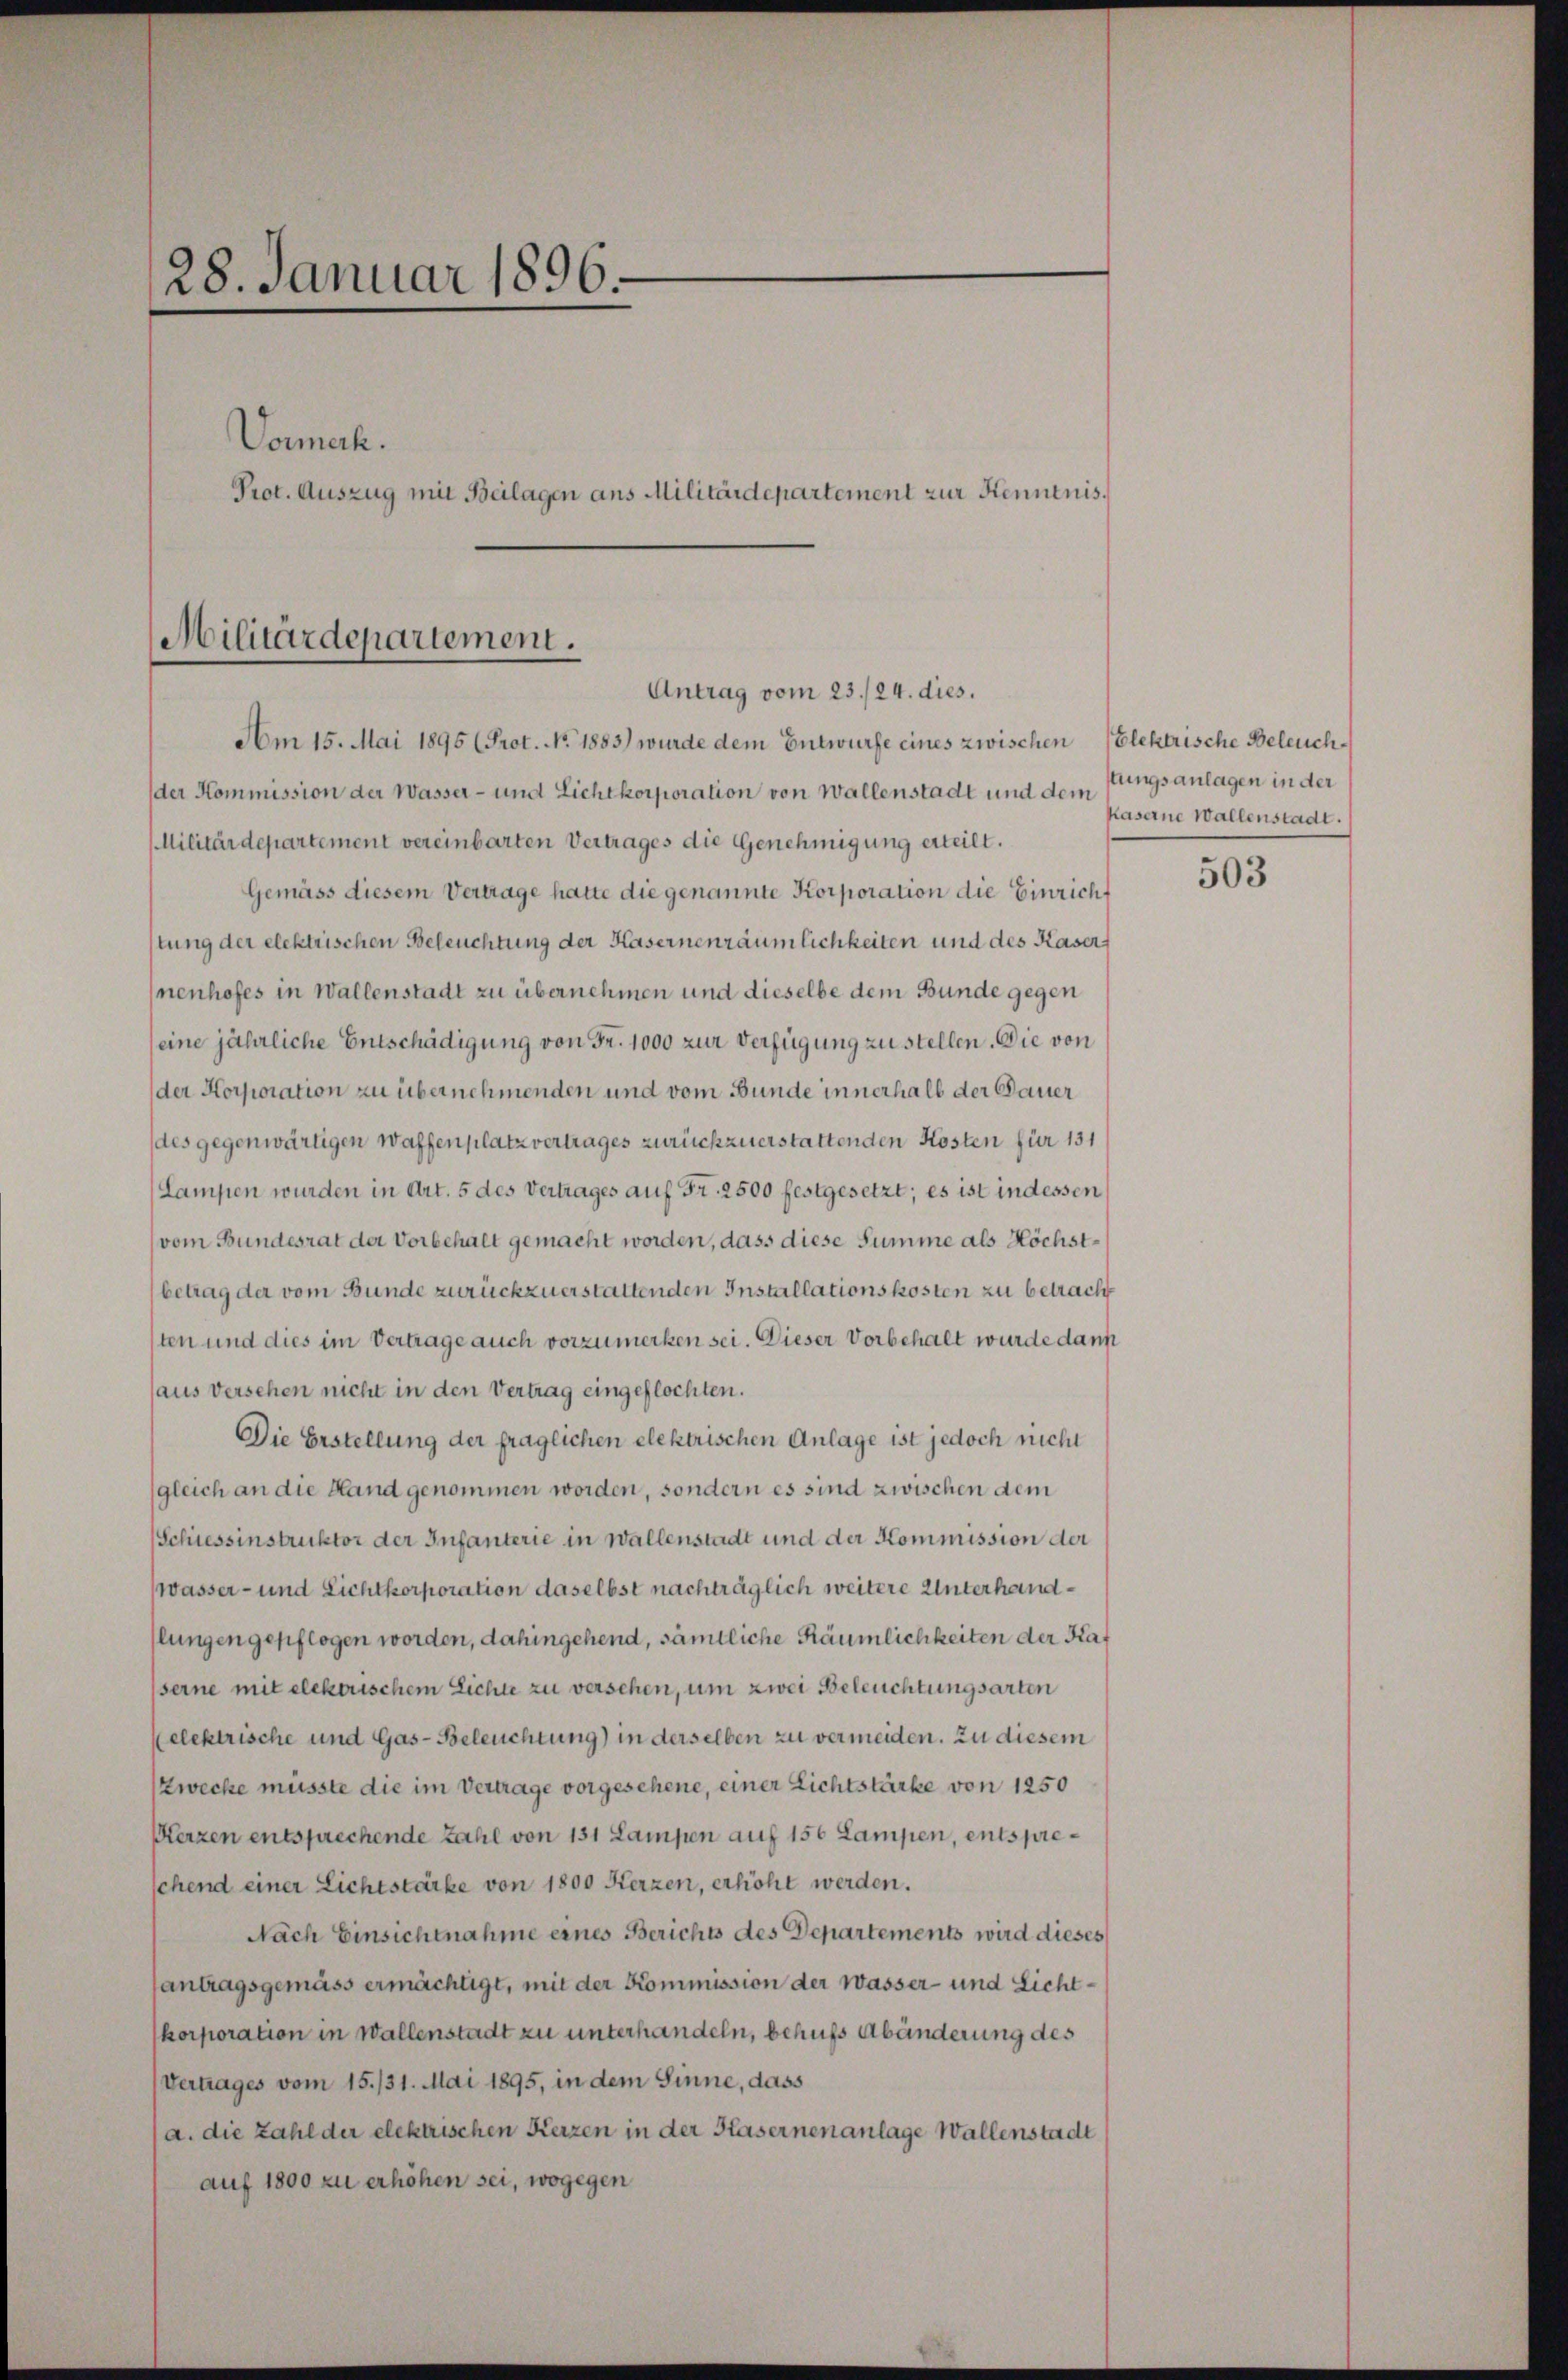
28. Januar 1896.
Vormerk.
Prot. Auszug mit Beilagen ans Militärdepartement zur Kenntnis.

Militärdepartement.
Antrag vom 23./24. dies.

Am 15. Mai 1895 (Prot. No. 1883) wurde dem Entwurfe eines zwischen Elektrische Beleuchder Kommission der Wasser- und Lichtkorporation von Wallenstadt und dem fungsanlagen in der
Militärdepartement vereinbarten Vertrages die Genehmigung erteilt.
Gemäss diesem Vertrage hatte die genannte Korporation die Einricht
stung der elektrischen Beleuchtung der Hasernenräumlichkeiten und des Kasers
nenhofes in Wallenstadt zu übernehmen und dieselbe dem Bunde gegen
eine jährliche Entschädigung von Fr. 1000 zur Verfügung zu stellen. Die von
der Korporation zu übernehmenden und vom Bunde innerhalb der Dauer
des gegenwärtigen Waffenplatz vertrages zurückzuerstattenden Kosten für 131
Lampen wurden in Art. 5 des Vertrages auf Fr. 2500 festgesetzt; es ist indessen
vom Bundesrat der Vorbehalt gemacht worden, dass diese Summe als Höchst¬
(betrag der vom Bunde zurückzuerstattenden Installationskosten zu betracht
ten und dies im Vertrage auch vorzumerken sei. Dieser Vorbehalt wurde dann
aus Versehen nicht in den Vertrag eingeflochten.
Die Erstellung der fraglichen elektrischen Anlage ist jedoch nicht
(gleich an die Hand genommen worden, sondern es sind zwischen dem
Schiessinstruktor der Infanterie in Wallenstadt und der Kommission der
wasser- und Lichtkorporation daselbst nachträglich weitere Unterhandlungen gepflogen worden, dahingehend, sämtliche Räumlichkeiten der Kaf
serne mit elektrischem Lichte zu versehen, um zwei Beleuchtungsarten
elektrische und Gas- Beleuchtung) in derselben zu vermeiden. Zu diesem
Zwecke müsste die im Vertrage vorgesehene, einer Lichtstärke von 1250
Herzen entsprechende Zahl von 131 Lampen auf 150 Lampen, entspreschend einer Lichtstärke von 1800 Kerzen, erhöht werden.
Nach Einsichtnahme eines Berichts des Departements wird dieses
antragsgemäss ermächtigt, mit der Kommission der Wasser- und Lichtkorporation in Wallenstadt zu unterhandeln, behufs Abänderung des
Vertrages vom 15./31. Mai 1895, in dem Sinne, dass
(a. die Zahl der elektrischen Kerzen in der Kasernenanlage Wallenstadt
auf 1800 zu erhöhen sei, wogegen

Kaserne Wallenstadt.

503